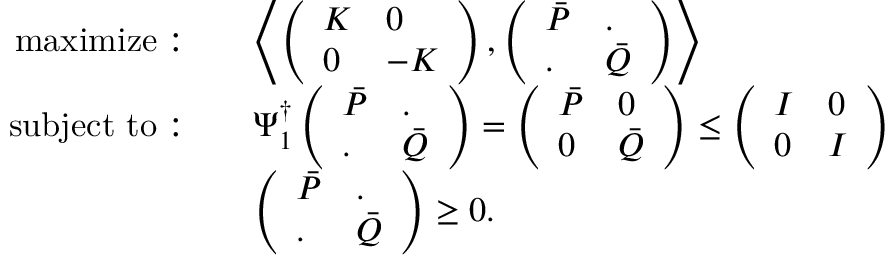
\begin{array} { r l } { \mathrm { m a x i m i z e } : \quad } & { \left\langle \left( \begin{array} { l l } { K } & { 0 } \\ { 0 } & { - K } \end{array} \right) , \left( \begin{array} { l l } { \bar { P } } & { . } \\ { . } & { \bar { Q } } \end{array} \right) \right\rangle } \\ { \mathrm { s u b j e c t ~ t o } : \quad } & { \Psi _ { 1 } ^ { \dagger } \left( \begin{array} { l l } { \bar { P } } & { . } \\ { . } & { \bar { Q } } \end{array} \right) = \left( \begin{array} { l l } { \bar { P } } & { 0 } \\ { 0 } & { \bar { Q } } \end{array} \right) \leq \left( \begin{array} { l l } { I } & { 0 } \\ { 0 } & { I } \end{array} \right) } \\ & { \left( \begin{array} { l l } { \bar { P } } & { . } \\ { . } & { \bar { Q } } \end{array} \right) \geq 0 . } \end{array}